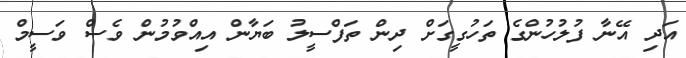
އަދި އޭނާ ފުލުހުންގެ ތަހުގީގަށް ދިން ތަފްސީލު ބަޔާން އިއްވުމުން ވެސް ވަސީމް